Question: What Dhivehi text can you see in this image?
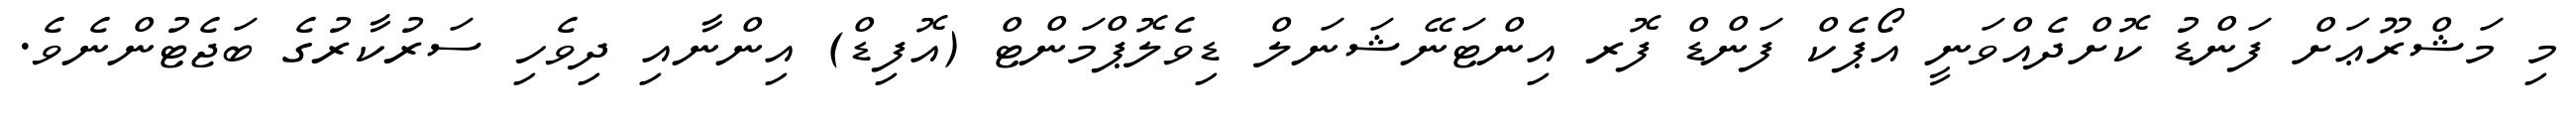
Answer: މި މަޝްރޫޢަށް ފަންޑު ކޮށްދެއްވަނީ އޯޕެކް ފަންޑް ފޮރ އިންޓަނޭޝަނަލް ޑިވެލޮޕްމަންޓް (އޮފިޑް) އިންނާއި ދިވެހި ސަރުކާރުގެ ބަޖެޓުންނެވެ.